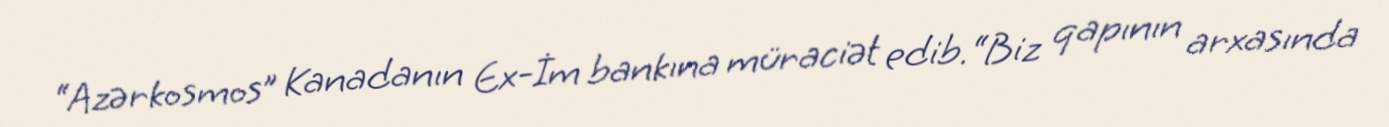
“Azərkosmos” Kanadanın Ex-İm bankına müraciət edib.“Biz qapının arxasında